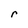
Character: r